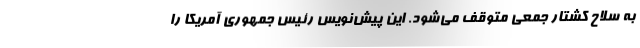
به سلاح کشتار جمعی متوقف می‌شود. این پیش‌نویس رئیس جمهوری آمریکا را